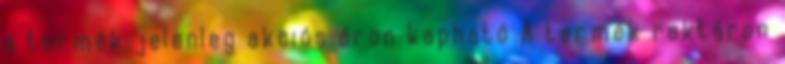
a termék jelenleg akciós áron kapható A termék raktáron